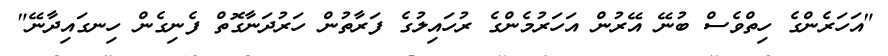
"އަހަރެންގެ ހިތްވެސް ބުނޭ އޭރުން އަހަރުމެންގެ ރުހައިލުގެ ފަރާތުން ހަރުދަނާގޮތް ފެނިގެން ހިނގައިދާނޭ"